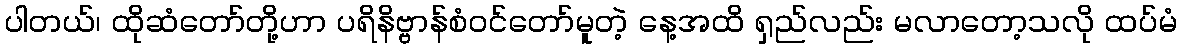
ပါတယ်၊ ထိုဆံတော်တို့ဟာ ပရိနိဗ္ဗာန်စံဝင်တော်မူတဲ့ နေ့အထိ ရှည်လည်း မလာတော့သလို ထပ်မံ